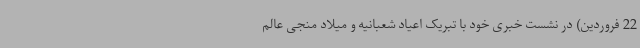
22 فروردین) در نشست خبری خود با تبریک اعیاد شعبانیه و میلاد منجی عالم